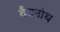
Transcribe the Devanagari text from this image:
वैद्यनांथ